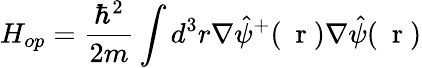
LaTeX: H_{op}=\frac{\hbar^{2}}{2m}\int d^{3}r\nabla\hat{\psi}^{+}(\mathrm{~\mathbf~r~})\nabla\hat{\psi}(\mathrm{~\mathbf~r~})